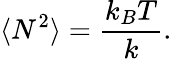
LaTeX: \langle N^{2}\rangle=\frac{k_{B}T}{k}.